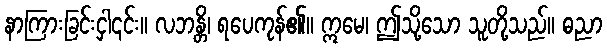
နာကြားခြင်းငှါ၎င်း။ လဘန္တိ၊ ရပေကုန်၏။ ဣမေ၊ ဤသို့သော သူတို့သည်။ ဓညာ